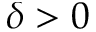
\delta > 0